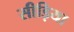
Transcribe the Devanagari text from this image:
सीड़िया